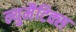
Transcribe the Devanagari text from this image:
न्युमैटिक्स